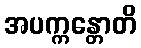
အပက္ကန္တောတိ